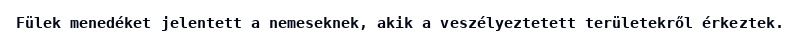
Fülek menedéket jelentett a nemeseknek, akik a veszélyeztetett területekről érkeztek.